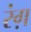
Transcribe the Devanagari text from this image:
रंग़